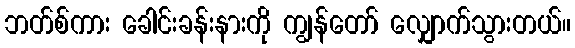
ဘတ်စ်ကား ခေါင်းခန်းနားကို ကျွန်တော် လျှောက်သွားတယ်။